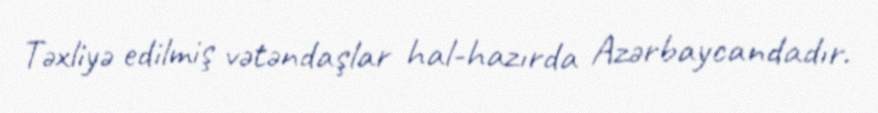
Təxliyə edilmiş vətəndaşlar hal-hazırda Azərbaycandadır.